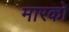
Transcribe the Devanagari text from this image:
मारको